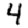
Digit: 4